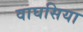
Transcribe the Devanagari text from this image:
वाघसिया